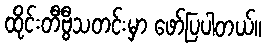
ထိုင်းတီဗွီသတင်းမှာ ဖော်ပြပါတယ်။